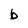
Character: b